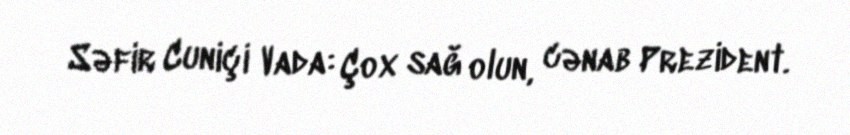
Səfir Cuniçi Vada: Çox sağ olun, cənab Prezident.